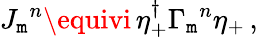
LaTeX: {J_{\mathtt{m}}}^{n}\equivi\, \eta_{+}^{\dagger}{\Gamma_{\mathtt{m}}}^{n}\eta_{+}\, ,